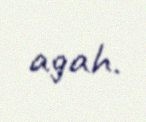
agah.